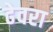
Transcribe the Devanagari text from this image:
ढेवरा